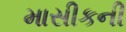
માસીકની